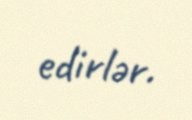
edirlər.